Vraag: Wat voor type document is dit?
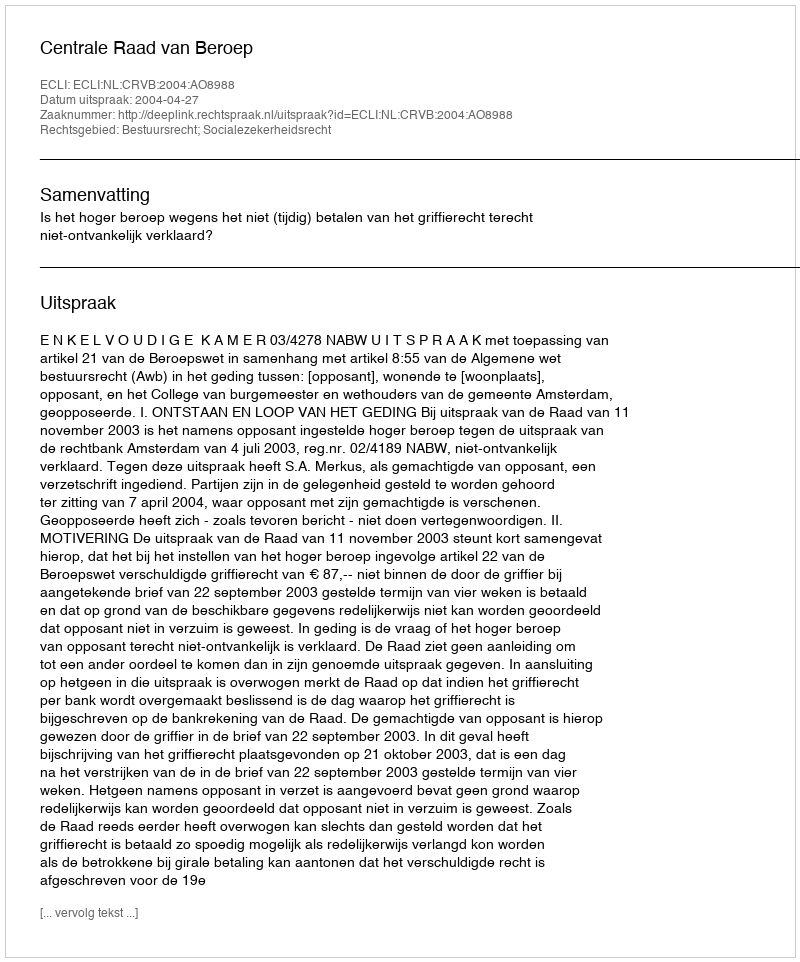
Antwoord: Uitspraak